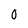
Character: 0